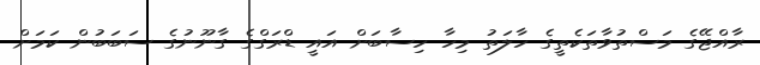
ރާއްޖޭގެ މަސްތުވާތަކެތީގެ ހާލަތު މިހާ ހިސާބަށް އައީ ޑްރަގްގެ ގާނޫނުގެ ސަބަބުން ކަމަށް